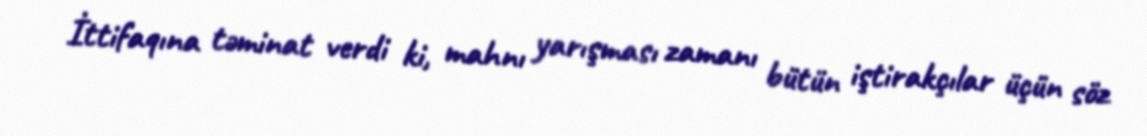
İttifaqına təminat verdi ki, mahnı yarışması zamanı bütün iştirakçılar üçün söz